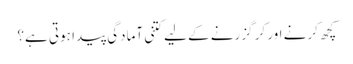
کچھ کرنے اور کر گزرنے کے لیے کتنی آمادگی پیدا ہوتی ہے؟